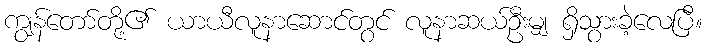
ကျွန်တော်တို့၏ ယာယီလူနာဆောင်တွင် လူနာဆယ်ဦးမျှ ရှိသွားခဲ့လေပြီ။